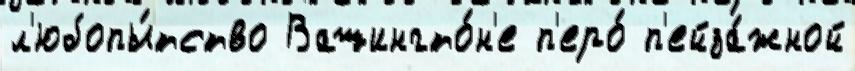
л'юбопы́тство Вашингто́н'е п'еро́ п'ейза́жной